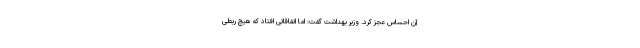
آن احساس عجز کرد. وزیر بهداشت گفت: اما اتفاقاتی افتاد که هیچ ربطی